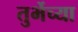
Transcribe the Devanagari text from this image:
तुर्भेच्या